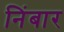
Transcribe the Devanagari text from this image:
निंबार